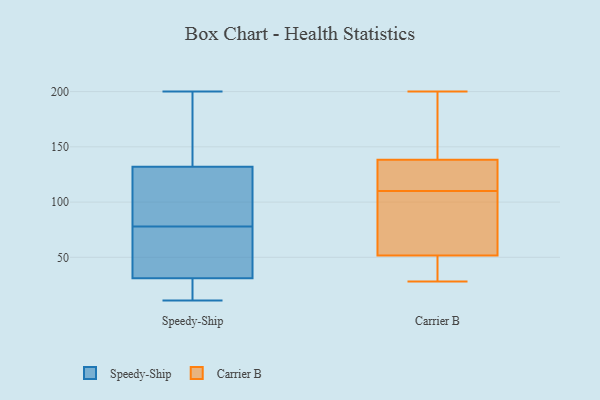
{"axis": {"x": "Conversion Rate (%)", "y": "Value"}, "legend": ["Carrier B", "Speedy-Ship"], "data": [{"x": "", "y": 92, "type": "Speedy-Ship"}, {"x": "", "y": 27, "type": "Speedy-Ship"}, {"x": "", "y": 166, "type": "Speedy-Ship"}, {"x": "", "y": 177, "type": "Speedy-Ship"}, {"x": "", "y": 11, "type": "Speedy-Ship"}, {"x": "", "y": 21, "type": "Speedy-Ship"}, {"x": "", "y": 93, "type": "Speedy-Ship"}, {"x": "", "y": 35, "type": "Speedy-Ship"}, {"x": "", "y": 81, "type": "Speedy-Ship"}, {"x": "", "y": 73, "type": "Speedy-Ship"}, {"x": "", "y": 200, "type": "Speedy-Ship"}, {"x": "", "y": 75, "type": "Speedy-Ship"}, {"x": "", "y": 112, "type": "Speedy-Ship"}, {"x": "", "y": 72, "type": "Speedy-Ship"}, {"x": "", "y": 152, "type": "Speedy-Ship"}, {"x": "", "y": 16, "type": "Speedy-Ship"}, {"x": "", "y": 138, "type": "Carrier B"}, {"x": "", "y": 129, "type": "Carrier B"}, {"x": "", "y": 200, "type": "Carrier B"}, {"x": "", "y": 111, "type": "Carrier B"}, {"x": "", "y": 36, "type": "Carrier B"}, {"x": "", "y": 110, "type": "Carrier B"}, {"x": "", "y": 109, "type": "Carrier B"}, {"x": "", "y": 139, "type": "Carrier B"}, {"x": "", "y": 33, "type": "Carrier B"}, {"x": "", "y": 193, "type": "Carrier B"}, {"x": "", "y": 28, "type": "Carrier B"}, {"x": "", "y": 196, "type": "Carrier B"}, {"x": "", "y": 88, "type": "Carrier B"}, {"x": "", "y": 31, "type": "Carrier B"}, {"x": "", "y": 57, "type": "Carrier B"}, {"x": "", "y": 126, "type": "Carrier B"}, {"x": "", "y": 67, "type": "Carrier B"}]}